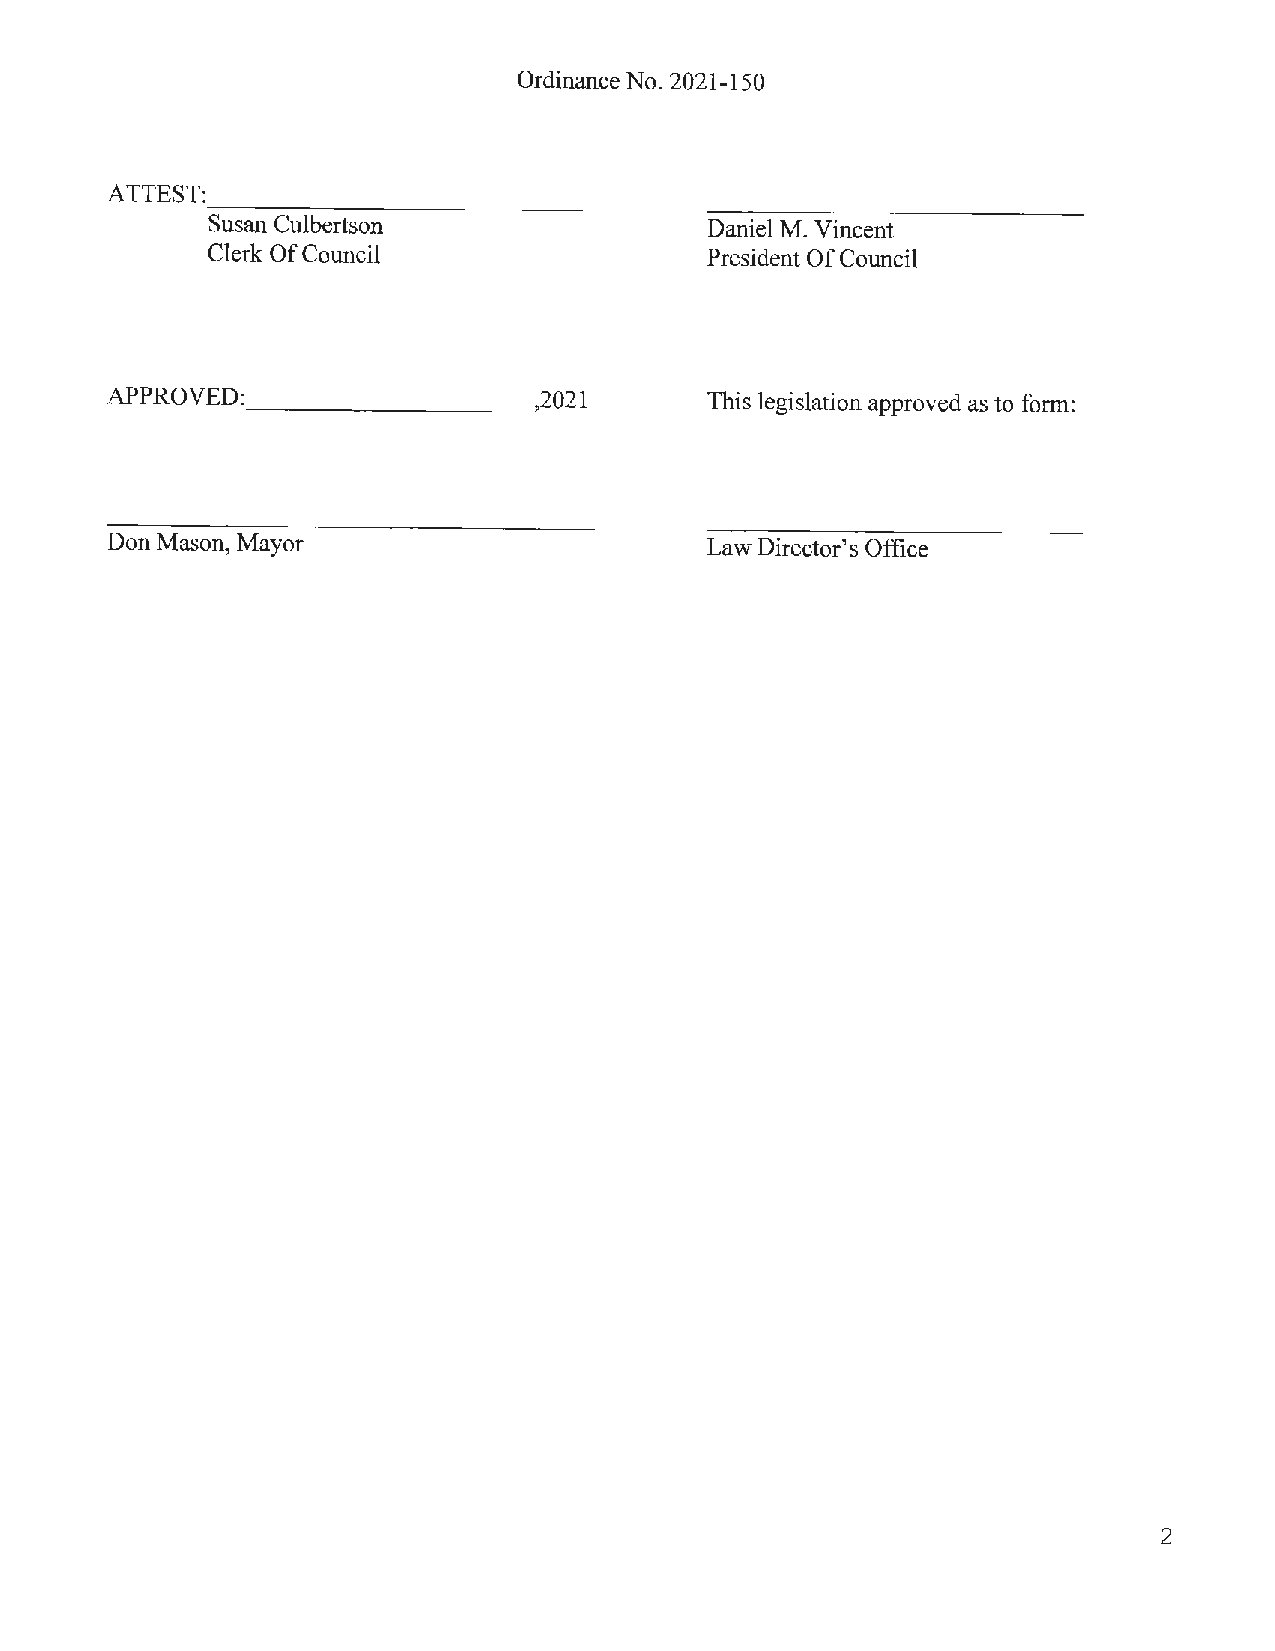
Ordinance No. 2021-150
 ATTEST:
 - - - - ----   -----
 Susan Culbertson                 Daniel M. Vincent
 Clerk Of Council                 President Of Council
 APPROVED: - ----   -----,2021           This legislation approved as to form:
 Don Mason, Mayor                        Law Director's Office
 2